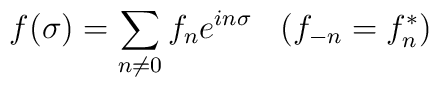
f(\sigma) = \sum_{n \ne 0} f_n e^{ in\sigma }	\;\;\;	( f_{-n} = f_n^* )